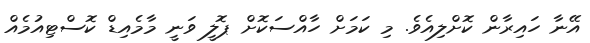
އޭނާ ހައިރާން ކޮށްލިއެވެ. މި ކަމަށް ހާއްސަކޮށް ޕޮލީ ވަނީ މާމެއިޑް ކޮސްޓިއުމެއް